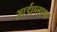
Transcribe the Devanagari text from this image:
आईएलएफ